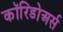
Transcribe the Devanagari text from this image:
कॉरिडोअर्स